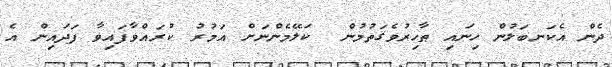
ދެން އެކަނބަލުން ހިނައި ޠާހިރުވެގަތުމުން  ކަލޭމެންނަށް އަމުރު ކުރައްވާފައިވާ ފަދައިން އެ